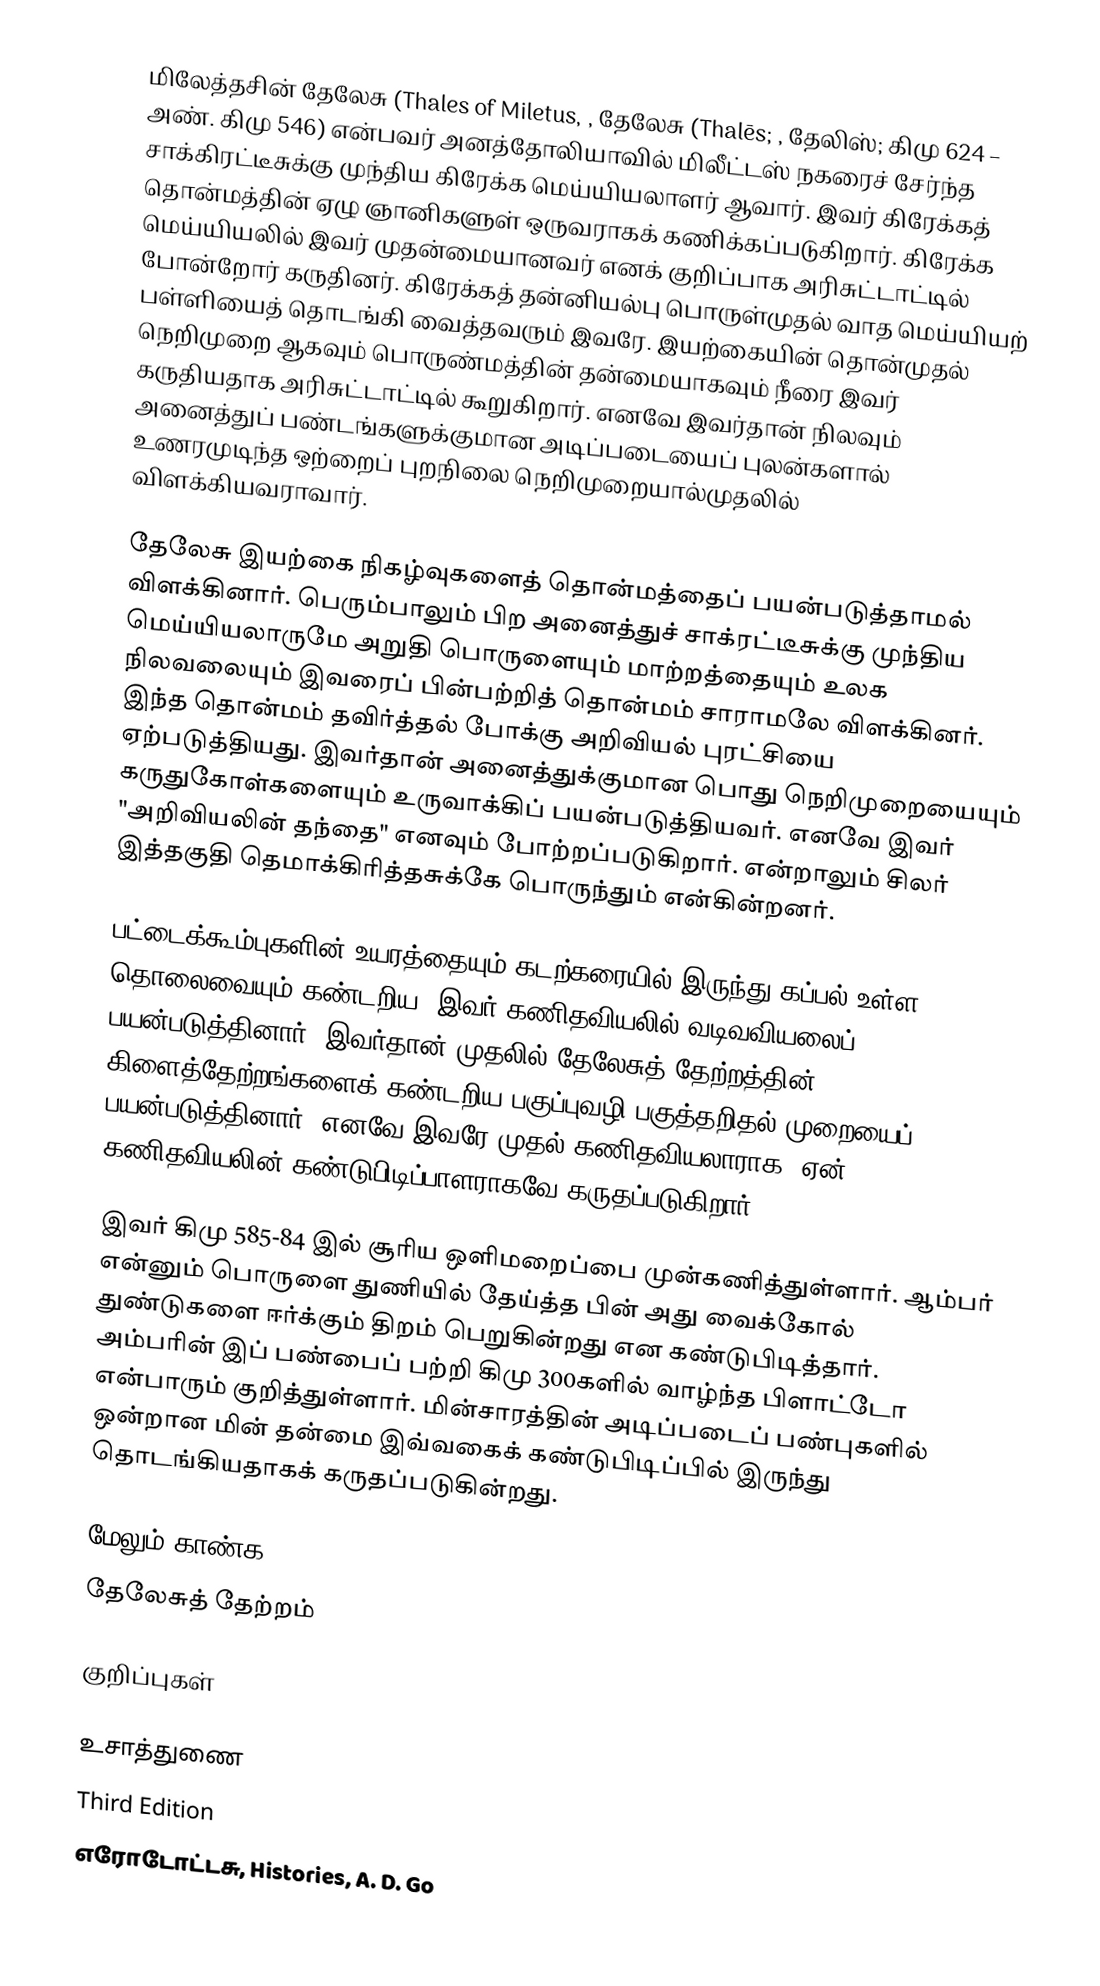
மிலேத்தசின் தேலேசு (Thales of Miletus, , தேலேசு (Thalēs; , தேலிஸ்;  கிமு 624 – அண். கிமு 546) என்பவர் அனத்தோலியாவில் மிலீட்டஸ் நகரைச் சேர்ந்த சாக்கிரட்டீசுக்கு முந்திய கிரேக்க மெய்யியலாளர் ஆவார். இவர் கிரேக்கத் தொன்மத்தின் ஏழு ஞானிகளுள் ஒருவராகக் கணிக்கப்படுகிறார். கிரேக்க மெய்யியலில் இவர் முதன்மையானவர் எனக் குறிப்பாக அரிசுட்டாட்டில் போன்றோர் கருதினர். கிரேக்கத் தன்னியல்பு பொருள்முதல் வாத மெய்யியற் பள்ளியைத் தொடங்கி வைத்தவரும் இவரே. இயற்கையின் தொன்முதல் நெறிமுறை ஆகவும் பொருண்மத்தின் தன்மையாகவும் நீரை இவர் கருதியதாக அரிசுட்டாட்டில் கூறுகிறார். எனவே இவர்தான் நிலவும் அனைத்துப் பண்டங்களுக்குமான அடிப்படையைப் புலன்களால் உணரமுடிந்த ஒற்றைப் புறநிலை நெறிமுறையால்முதலில்  விளக்கியவராவார்.

தேலேசு இயற்கை நிகழ்வுகளைத் தொன்மத்தைப் பயன்படுத்தாமல் விளக்கினார். பெரும்பாலும் பிற அனைத்துச் சாக்ரட்டீசுக்கு முந்திய மெய்யியலாருமே அறுதி பொருளையும் மாற்றத்தையும் உலக நிலவலையும் இவரைப் பின்பற்றித் தொன்மம் சாராமலே விளக்கினர். இந்த தொன்மம் தவிர்த்தல் போக்கு அறிவியல் புரட்சியை ஏற்படுத்தியது. இவர்தான் அனைத்துக்குமான பொது நெறிமுறையையும் கருதுகோள்களையும் உருவாக்கிப் பயன்படுத்தியவர். எனவே இவர் "அறிவியலின் தந்தை" எனவும் போற்றப்படுகிறார். என்றாலும் சிலர் இத்தகுதி தெமாக்கிரித்தசுக்கே பொருந்தும் என்கின்றனர்.

பட்டைக்கூம்புகளின் உயரத்தையும் கடற்கரையில் இருந்து கப்பல் உள்ள தொலைவையும் கண்டறிய, இவர் கணிதவியலில் வடிவவியலைப் பயன்படுத்தினார். இவர்தான் முதலில் தேலேசுத் தேற்றத்தின் கிளைத்தேற்றங்களைக் கண்டறிய பகுப்புவழி பகுத்தறிதல் முறையைப் பயன்படுத்தினார். எனவே இவரே முதல் கணிதவியலாராக, ஏன், கணிதவியலின் கண்டுபிடிப்பாளராகவே கருதப்படுகிறார்.

இவர் கிமு 585-84 இல் சூரிய ஒளிமறைப்பை முன்கணித்துள்ளார். ஆம்பர் என்னும் பொருளை துணியில் தேய்த்த பின் அது வைக்கோல் துண்டுகளை ஈர்க்கும் திறம் பெறுகின்றது என கண்டுபிடித்தார். அம்பரின் இப் பண்பைப் பற்றி கிமு 300களில் வாழ்ந்த பிளாட்டோ என்பாரும் குறித்துள்ளார். மின்சாரத்தின் அடிப்படைப் பண்புகளில் ஒன்றான மின் தன்மை இவ்வகைக் கண்டுபிடிப்பில் இருந்து தொடங்கியதாகக் கருதப்படுகின்றது.

மேலும் காண்க
தேலேசுத் தேற்றம்

குறிப்புகள்

உசாத்துணை
  Third Edition
 எரோடோட்டசு, Histories, A. D. Go